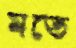
মতে